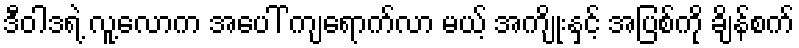
ဒီဝါဒရဲ့ လူ့လောက အပေါ် ကျရောက်လာ မယ့် အကျိုးနှင့် အပြစ်ကို ချိန်စက်